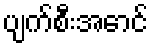
ပျက်စီးအောင်